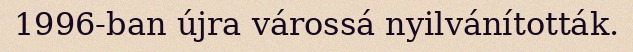
1996-ban újra várossá nyilvánították.